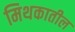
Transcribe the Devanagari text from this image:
मिथकातील